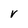
Character: V